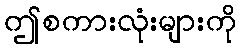
ဤစကားလုံးများကို